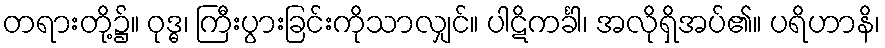
တရားတို့၌။ ဝုဒ္ဓ၊ ကြီးပွားခြင်းကိုသာလျှင်။ ပါဋိကင်္ခါ၊ အလိုရှိအပ်၏။ ပရိဟာနိ၊